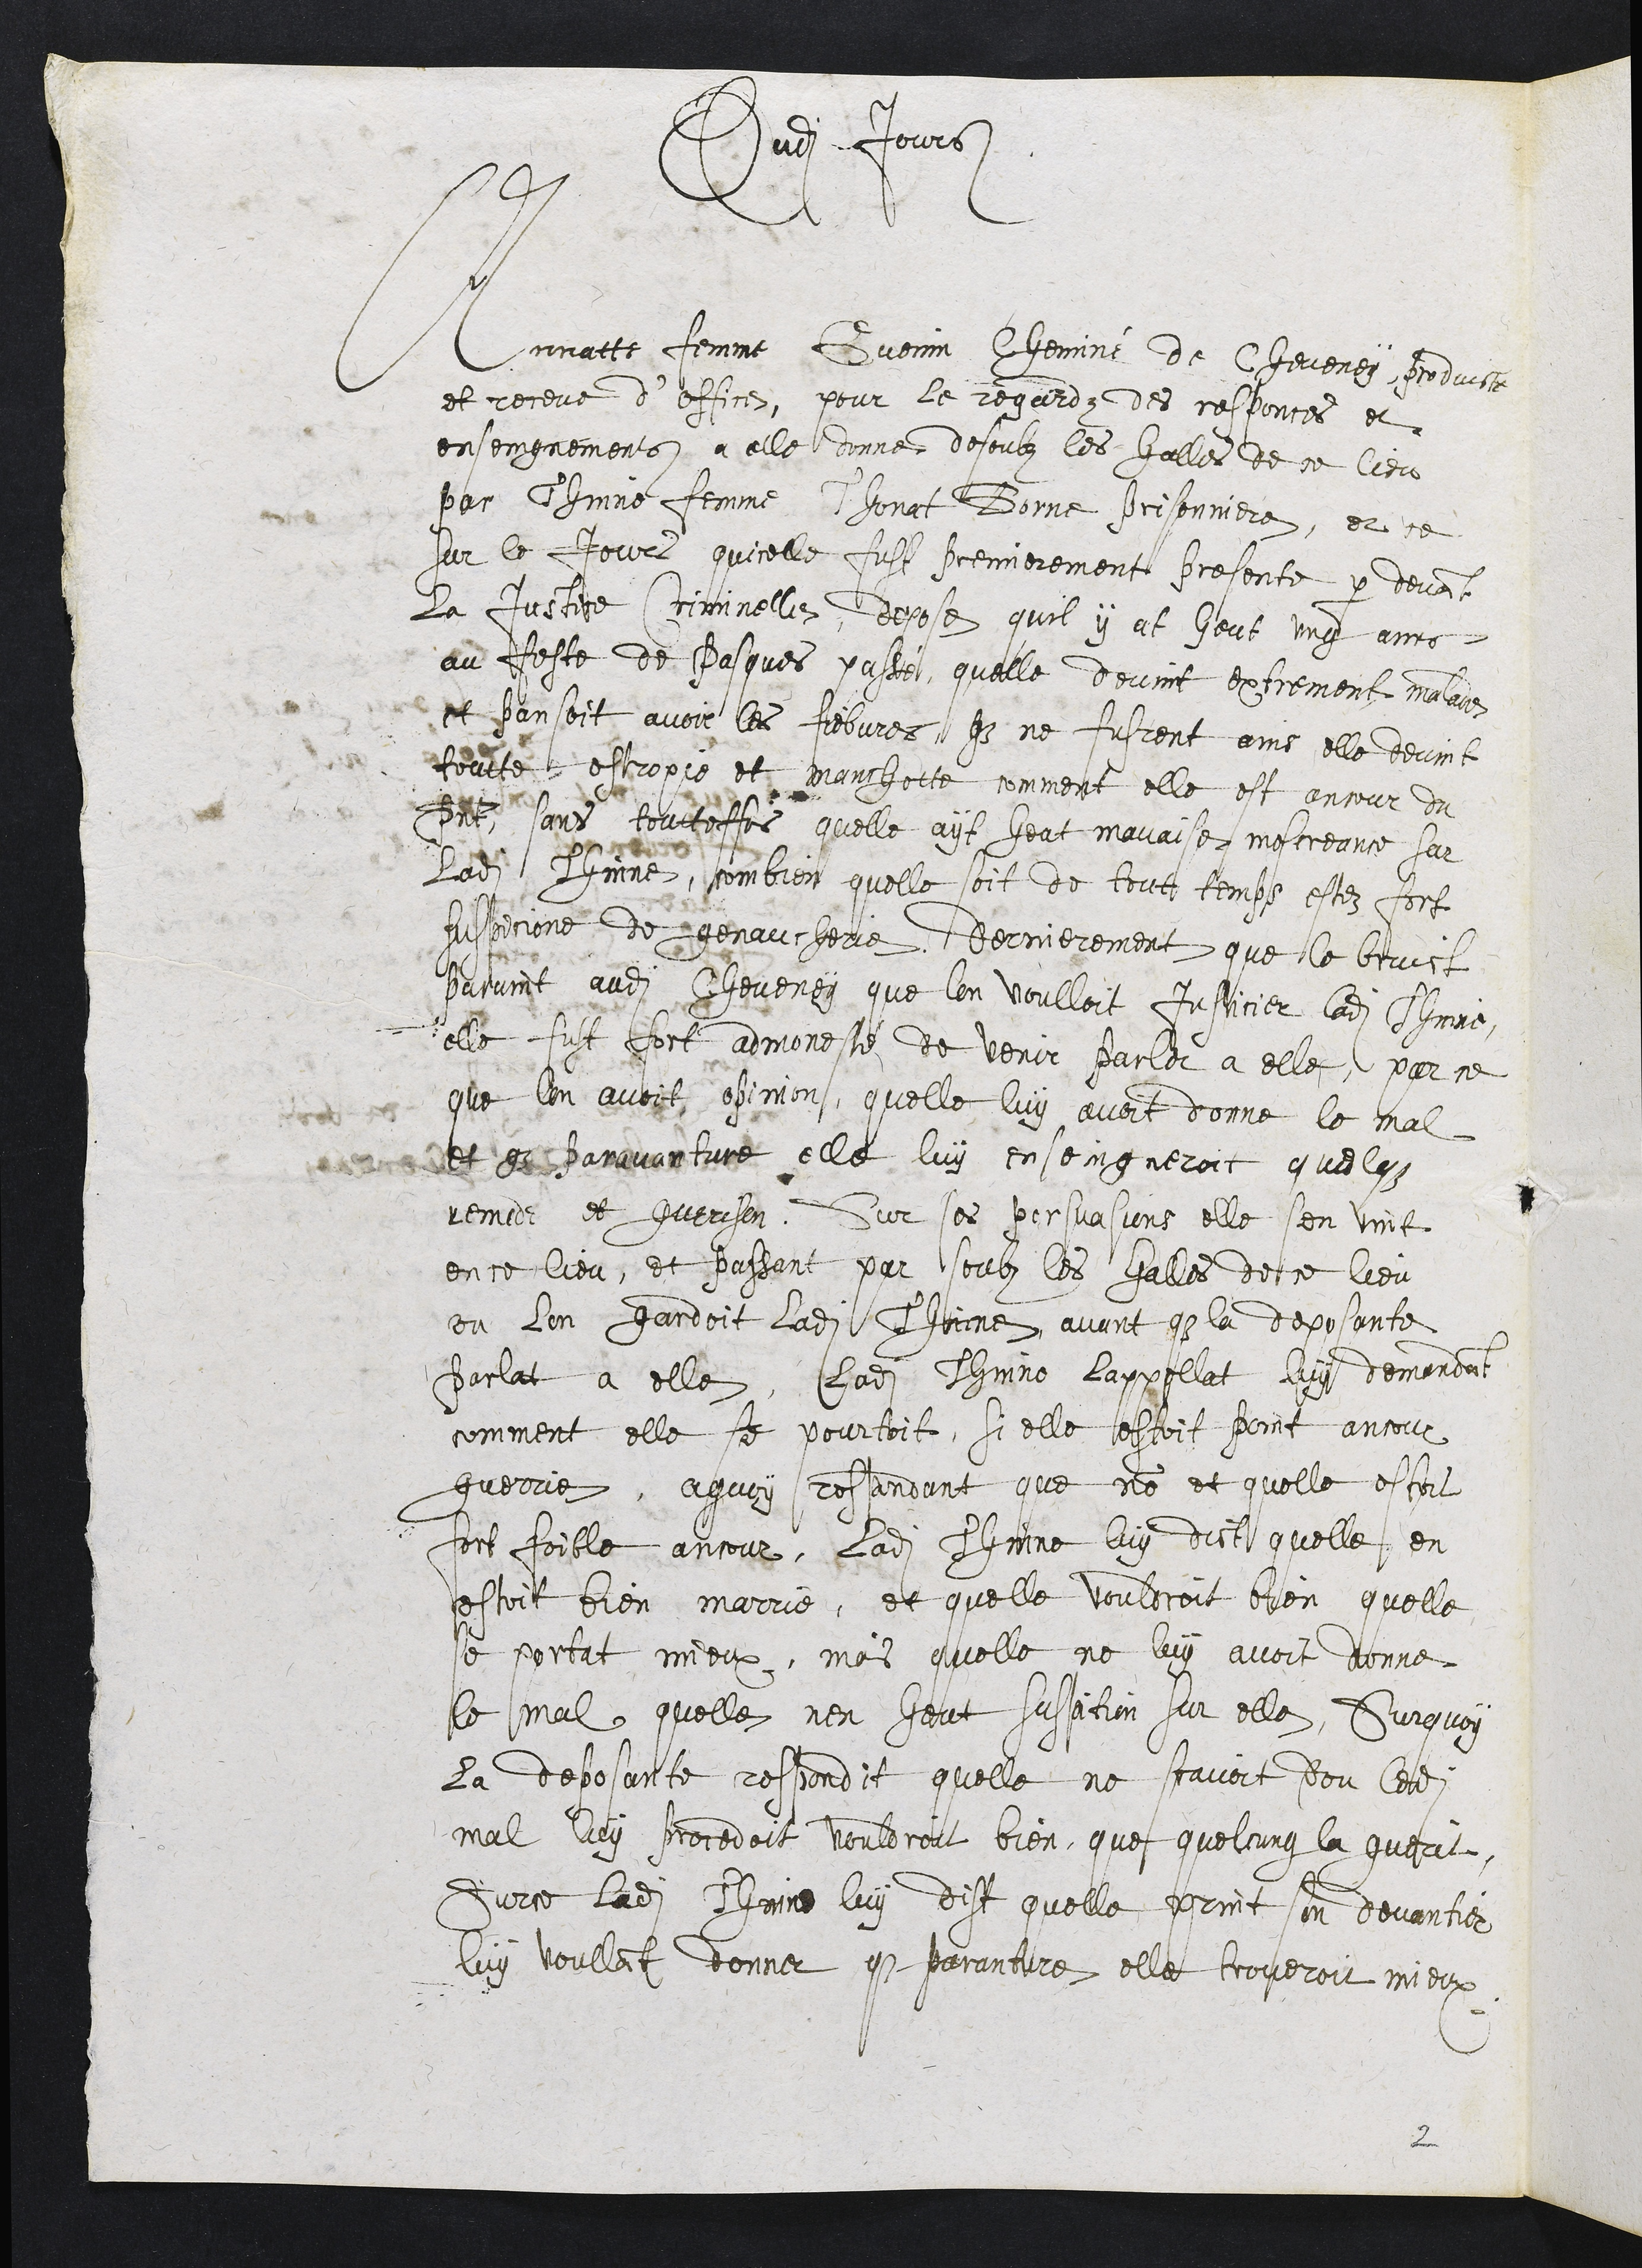
Dudit Jours
Annatte femme Guenin Cheminé de Cheveney, produicte
et receue d’office, pour le regardz des responces et
enseingnemens a elle donne desoubz les halles de ce lieu
par Thinne femme Thonat Borne prisonniere, et ce
sur le Jour quicelle fust premierement presente par devant
la justire Criminelle, depose quil y at heut ung ans,
au feste de Pasques passé, quelle devint extrement malade
et pansoit avoir les fiebvres, que ne fusrent ains elle devint
toutte estropie et manchotte comment elle est ancour du
present sans toutteffois quelle ayt heut mauvaise mescreance sur
ladite Thinne, combien quelle soit de tout temps estez fort
suspicione de genaucherie. Dernierement que le bruict
parvint audit Cheveney que lon voulloit Justicier ladite Thinne,
elle fust fort admonesté de venir parler a elle, par ce
que lon avoit opinion, quelle luy avoit donne le mal
et que par avanture elle luy enseingneroit quelque
remede et guerison. Sur ses persuasions elle sen vint
en ce lieu, et passant par soubz les halles de ce lieu
ou lon gardoit ladite Thinne, avant que la deposante
parlat a elle, ladite Thinne lappellat luy demandant
comment elle se pourtoit, si elle estoit point ancour
guerrie, a quoy respondant que non et quelle estoit
fort foible ancour, ladite Thinne luy dict quelle en
estoit bien marrie, et quelle vouldroit bien quelle
se portat mieux, mais quelle ne luy avoit donne
le mal quelle nen heut suspicion sur elle. Surquoy
la deposante respondit quelle ne scavoit dou ledit
mal luy procedoit vouldroit bien, que quelcung la guerit,
Surce ladite Thinne luy dist quelle print son devantier
luy voullant donner que paranture elle trouveroit mieux
2